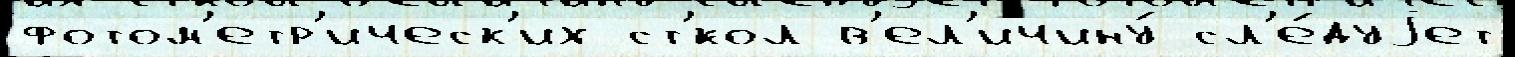
фотом'етр'ическ'их ст'́кол в'ел'ичину́ сл'е́дуjет